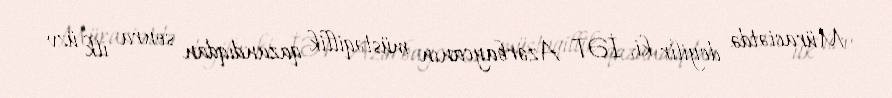
Müraciətdə deyilir ki, İƏT Azərbaycanın müstəqillik qazandıqdan sonra ilk üzv